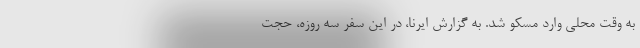
به وقت محلی وارد مسکو شد. به گزارش ایرنا، در این سفر سه روزه، حجت